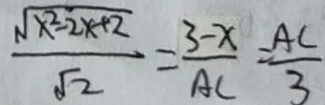
\frac { \sqrt { x ^ { 2 } - 2 x + 2 } } { \sqrt { 2 } } = \frac { 3 - x } { A C } = \frac { A C } { 3 }